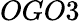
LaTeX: OGO3